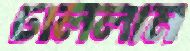
ঢাললাম